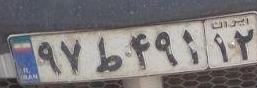
۹۷ط۴۹۱۱۲